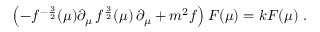
\left( - f ^ { - { \frac { 3 } { 2 } } } ( \mu ) \partial _ { \mu } \, f ^ { { \frac { 3 } { 2 } } } ( \mu ) \, \partial _ { \mu } + m ^ { 2 } f \right) F ( \mu ) = k F ( \mu ) \ .